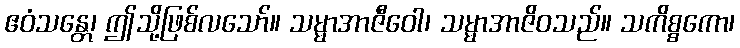
ဧဝံသန္တေ၊ ဤသို့ဖြစ်လသော်။ သမ္မာအာဇီဝေါ၊ သမ္မာအာဇိဝသည်။ သကိစ္စကော၊